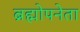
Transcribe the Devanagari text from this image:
ब्रह्मोपनेता